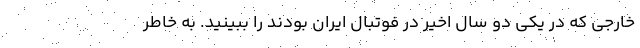
خارجی که در یکی دو سال اخیر در فوتبال ایران بودند را ببینید. به خاطر